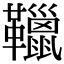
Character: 䪉